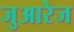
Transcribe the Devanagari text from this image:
जुआरेज